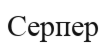
Серпер